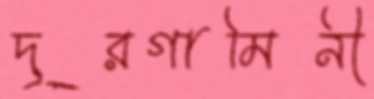
দূরগামিনী